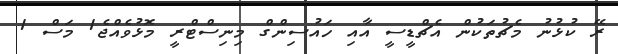
ރޭ ކުޅުނު މެޗުތަކުން އެޗްޑީސީ އާއި ހައުސިންގް މިނިސްޓްރީ މޮޅުވެއްޖެ1 މަސް 1